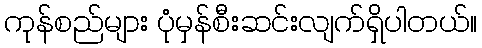
ကုန်စည်များ ပုံမှန်စီးဆင်းလျက်ရှိပါတယ်။